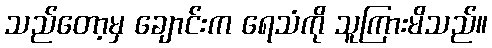
သည်တော့မှ ချောင်းက ရေသံကို သူကြားမိသည်။